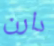
دارن